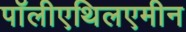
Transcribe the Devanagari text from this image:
पॉलीएथिलएमीन